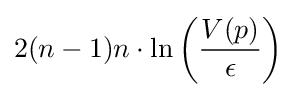
2(n-1)n\cdot \ln \left({\frac {V(p)}{\epsilon }}\right)